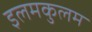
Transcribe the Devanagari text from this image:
इलमकुलम